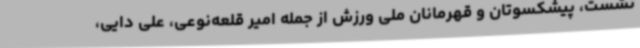
نشست، پیشکسوتان و قهرمانان ملی ورزش از جمله امیر قلعه‌نوعی، علی دایی،